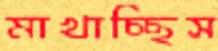
মাখাচ্ছিস